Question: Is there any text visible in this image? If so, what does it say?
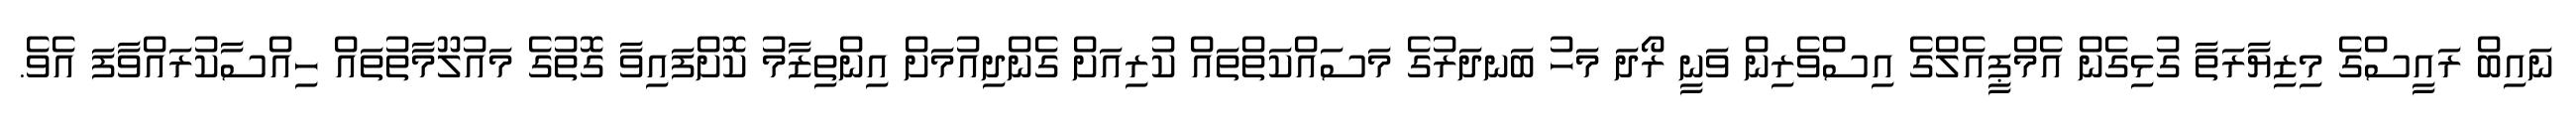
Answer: ނައިބް ރައީސްގެ މިޒިޔާރަތާ ގުޅިގެން އެމްޕީއެލްގެ އިސްވެރިން ވަނީ ރޯދަ މަހު ބަނދަރުގެ މަސައްކަތްތައް ކުރިއަށް ގެންދިއުމަށް އިންތިޒާމު ކޮށްފައިވާ ގޮތުގެ މައުލޫމާތުތައް ހިއްސާކުރައްވާފަ އެވެ.